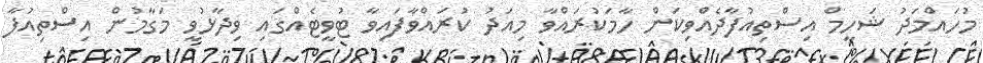
މުހައްމަދު ޝަހީމް އިސްތިއުފާދެއްވިކަން ހާމަކުރައްވާ މިއަދު ކުރައްވާފައިވާ ޓުވީޓެއްގައި ވިދާޅުވީ މަގާމުން އިސްތިއުފާ